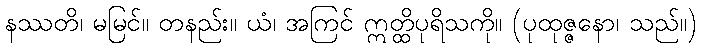
နဿတိ၊ မမြင်။ တနည်း။ ယံ၊ အကြင် ဣတ္ထိပုရိသကို။ (ပုထုဇ္ဇနော၊ သည်။)